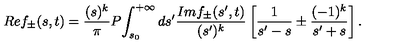
R e f _ { \pm } ( s , t ) = \frac { ( s ) ^ { k } } { \pi } P \! \int _ { s _ { 0 } } ^ { + \infty } d s ^ { \prime } \frac { I m f _ { \pm } ( s ^ { \prime } , t ) } { ( s ^ { \prime } ) ^ { k } } \left[ \frac { 1 } { s ^ { \prime } - s } \pm \frac { ( - 1 ) ^ { k } } { s ^ { \prime } + s } \right] .